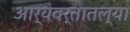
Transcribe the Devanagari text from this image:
आर्यवर्तातल्या